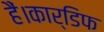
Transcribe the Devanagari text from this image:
हैं।कार्डिफ